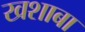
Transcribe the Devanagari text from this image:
खशाबा